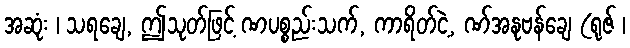
အဆုံး ၊ သရချေ, ဤသုတ်ဖြင့် ဏပစ္စည်းသက်, ကာရိတ်ငဲ့, ဏ်အနုဗန်ချေ (ရုဇ် ၊